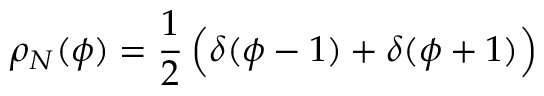
\rho _ { N } ( \phi ) = { \frac { 1 } { 2 } } \, \Bigl ( \delta ( \phi - 1 ) + \delta ( \phi + 1 ) \Bigr )